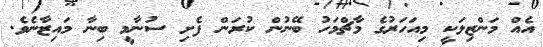
އެއް މަންޒިލަކީ މިއަހަރުގެ މާޗްމަހު ބޭނުން ކުރަން ފެށި ސުނާމީ ބިނާ މައިޒާނެވެ.